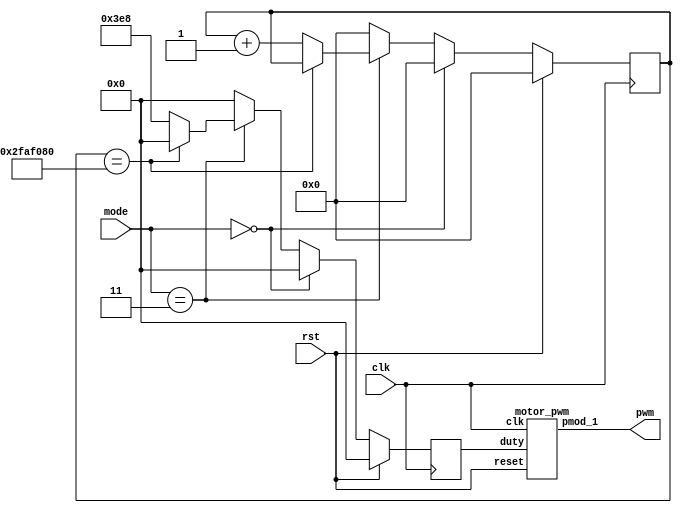
module motor(input clk, input rst, input [1:0] mode, output pwm);

    reg [9:0]next_left_motor;
    reg [9:0]left_motor;
    wire left_pwm;
    reg [30:0] counter;
    reg [30:0]next_counter;
    motor_pwm m0(clk, rst, left_motor, left_pwm);
    
    always@(posedge clk)begin
        if(rst)begin
            left_motor <= 10'd0;
            counter <= 31'b0;
        end else begin
            left_motor <= next_left_motor;
            counter <= next_counter;
        end
    end
    
    // [TO-DO] take the right speed for different situation
    always@(*) begin
        if(mode == 2'b00)begin
            next_left_motor = 10'd0;
            next_counter = 0;
        end
        else if(mode == 2'b11) begin
            if(counter == 31'd50000000)begin
                next_left_motor = 10'd0;
                next_counter = counter;
            end
            else begin
                next_left_motor = 10'd1000;
                next_counter = counter + 1;
            end
        end
        else begin
            next_left_motor = 10'd0;
            next_counter = 0;
        end
    end

    assign pwm = left_pwm;
endmodule

module motor_pwm (
    input clk,
    input reset,
    input [9:0]duty,
	output pmod_1 //PWM
);
        
    PWM_gen pwm_0 ( 
        .clk(clk), 
        .reset(reset), 
        .freq(32'd25000),
        .duty(duty), 
        .PWM(pmod_1)
    );

endmodule

//generte PWM by input frequency & duty
module PWM_gen (
    input wire clk,
    input wire reset,
	input [31:0] freq,
    input [9:0] duty,
    output reg PWM
);
    wire [31:0] count_max = 32'd100_000_000 / freq;
    wire [31:0] count_duty = count_max * duty / 32'd1024;
    reg [31:0] count;
        
    always @(posedge clk, posedge reset) begin
        if (reset) begin
            count <= 32'b0;
            PWM <= 1'b0;
        end else if (count < count_max) begin
            count <= count + 32'd1;
            if(count < count_duty)
                PWM <= 1'b1;
            else
                PWM <= 1'b0;
        end else begin
            count <= 32'b0;
            PWM <= 1'b0;
        end
    end
endmodule